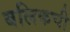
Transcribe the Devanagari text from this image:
बलिकची